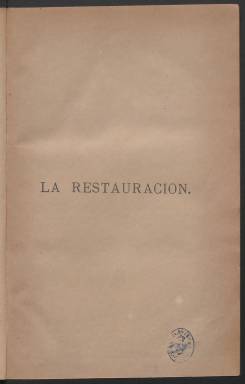
Título: La Restauración (Madrid. 1885)
Colección: Religión || Política
Ámbito geográfico: Madrid
Lugar de publicación: Madrid
Fechas: 15/03/1885-05/11/1890